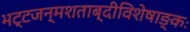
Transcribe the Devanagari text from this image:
भट्टजन्मशताब्दीविशेषाङ्कः